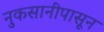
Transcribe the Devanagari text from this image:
नुकसानीपासून